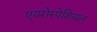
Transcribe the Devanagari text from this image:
एयरोस्पेशियल